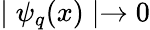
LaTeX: \mid\psi_{q}(x)\mid\rightarrow 0